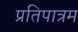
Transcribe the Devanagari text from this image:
प्रतिपात्रम